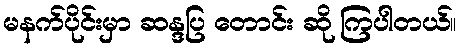
မနက်ပိုင်းမှာ ဆန္ဒပြ တောင်း ဆို ကြပါတယ်။